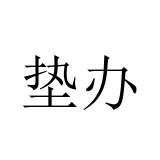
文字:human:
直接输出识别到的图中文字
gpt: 垫办